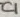
Text: C1